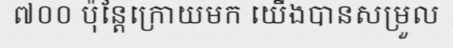
៧០០ ប៉ុន្តែក្រោយមក យើងបានសម្រួល